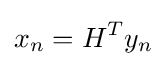
x_{n}=H^{T}y_{n}